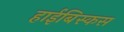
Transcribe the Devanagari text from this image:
हाईबिस्कस